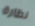
نظارة